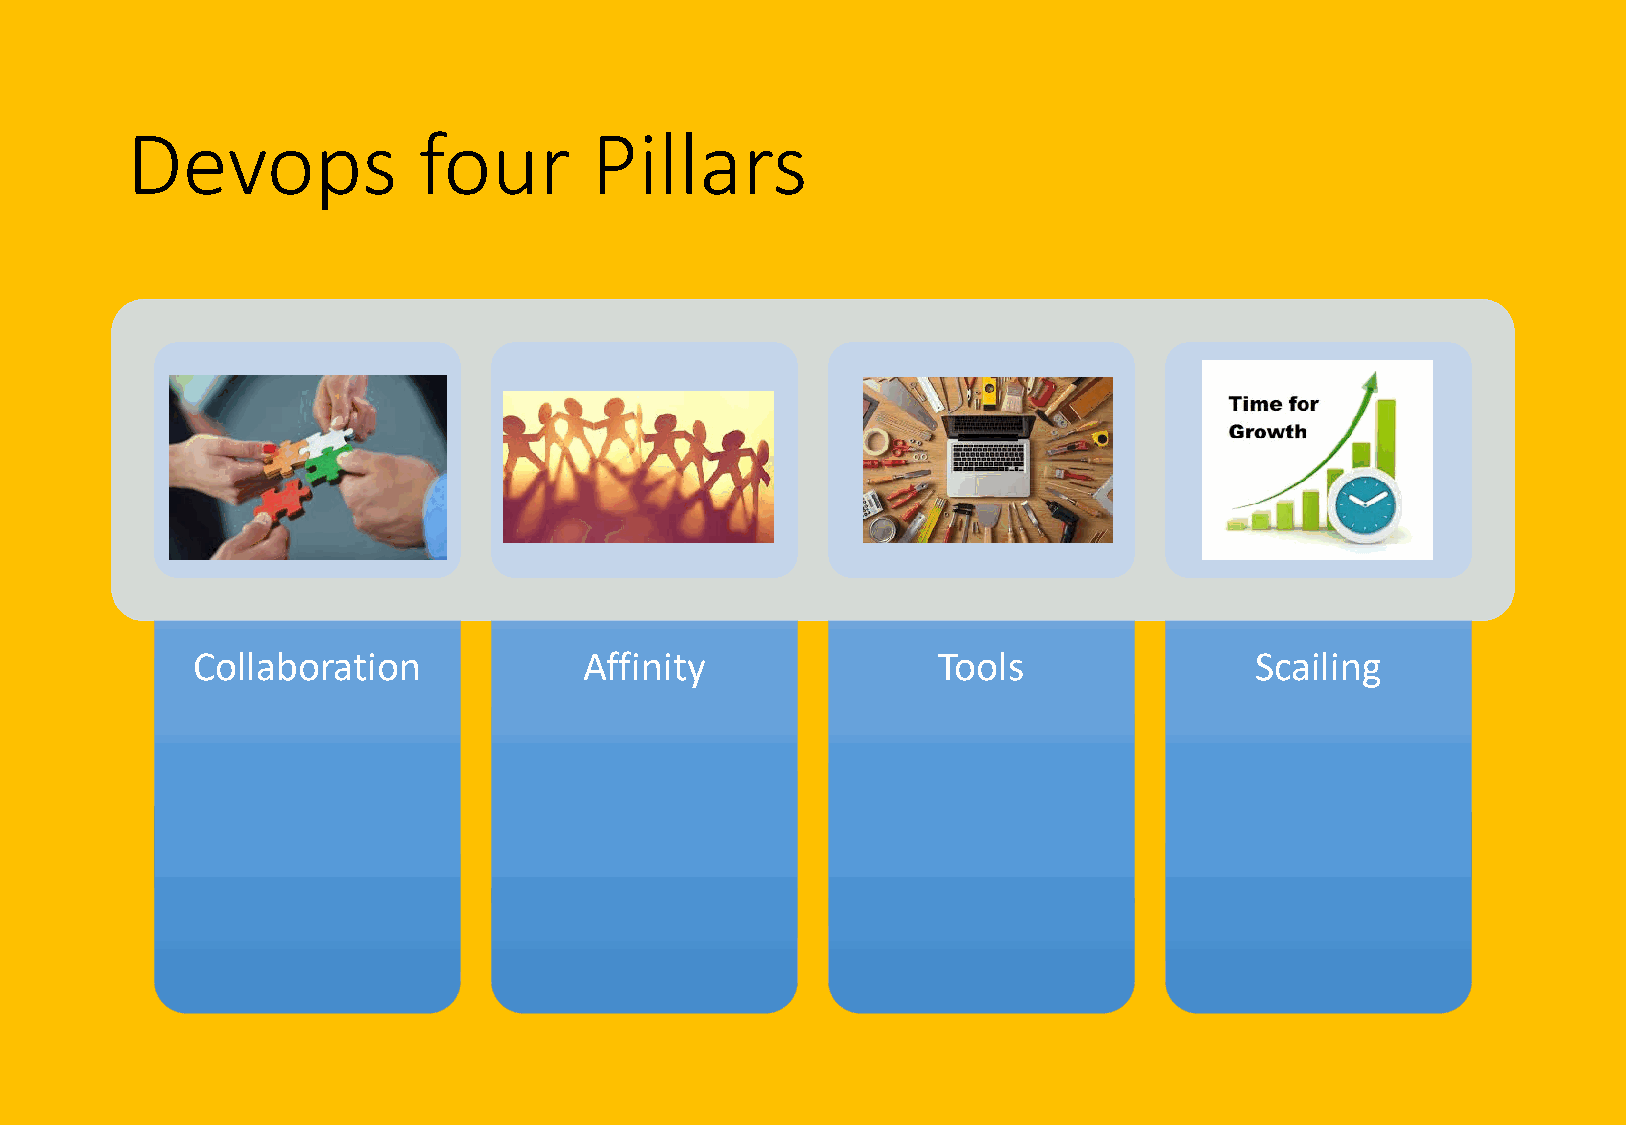
Devops              four       Pillars
 Collaboration             Affinity               Tools                Scailing